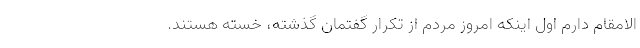
الامقام دارم اول اینکه امروز مردم از تکرار گفتمان گذشته، خسته هستند.